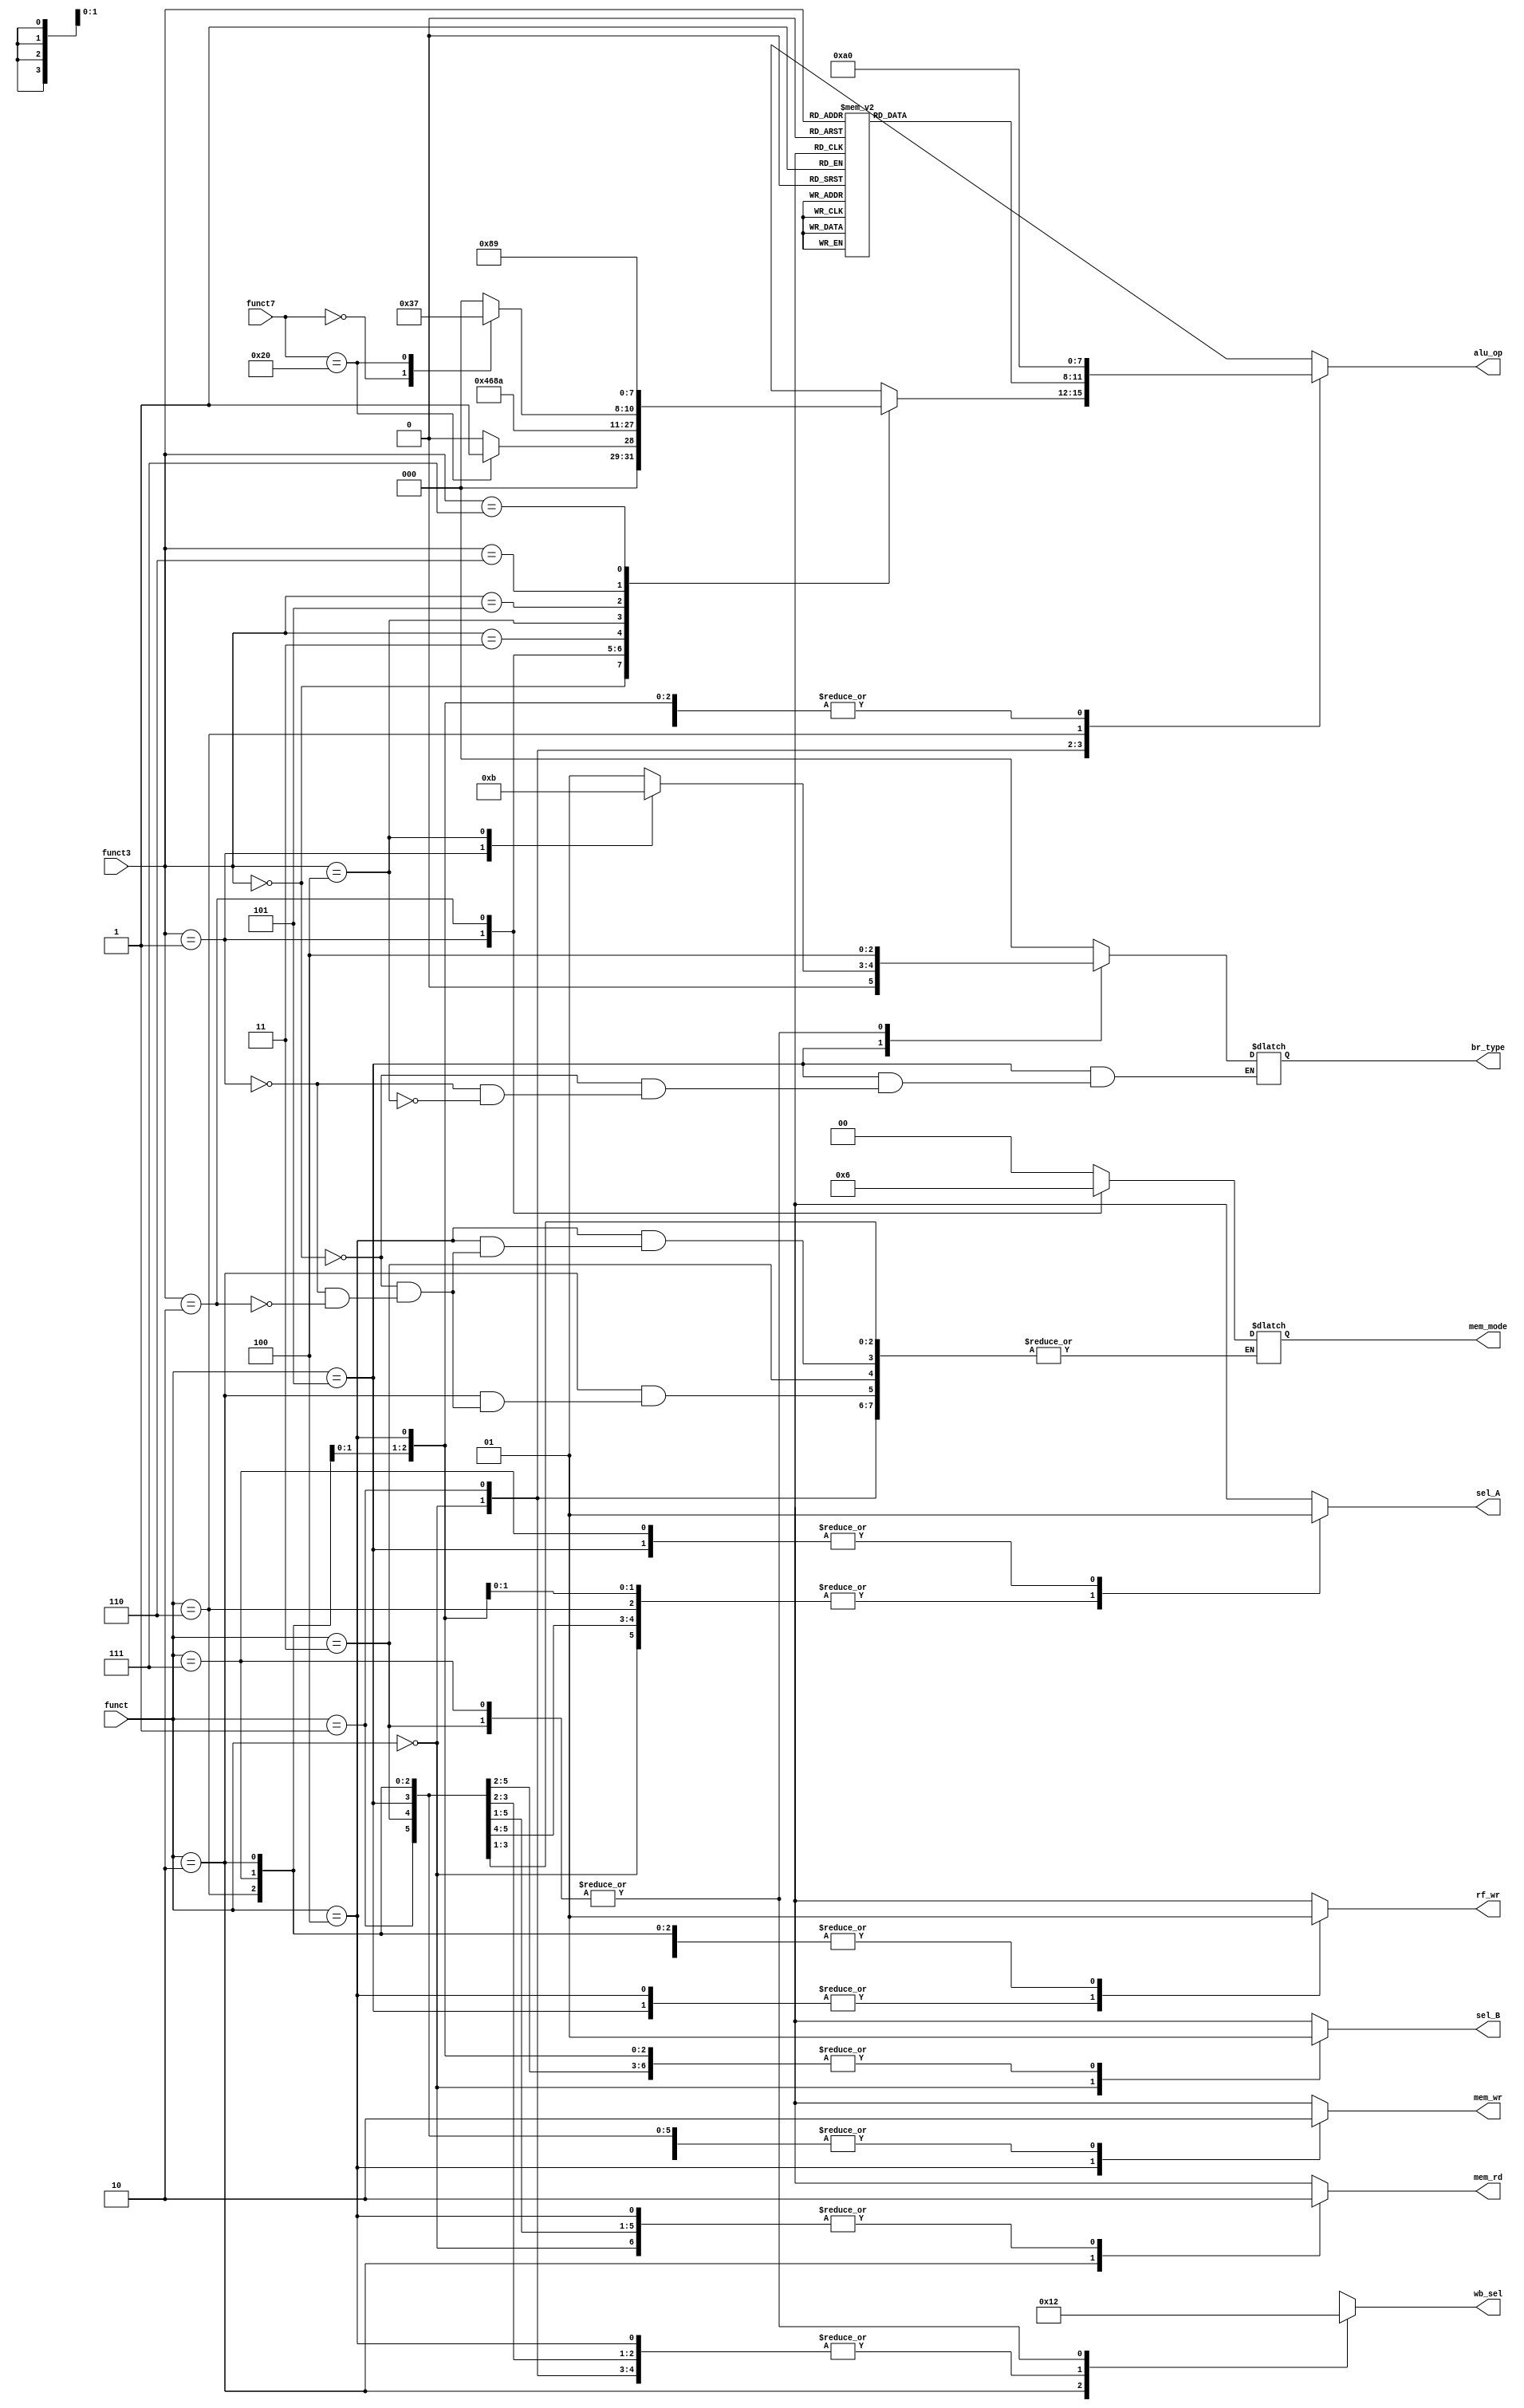
`timescale 1ns / 10ps

module Controller(
	input [2:0] funct3, funct,
	input [6:0] funct7,
	output reg sel_A, sel_B, rf_wr, mem_rd, mem_wr,
	output reg [1:0]  wb_sel, mem_mode,
	output reg [2:0]  br_type, 
	output reg [3:0] alu_op
);

parameter Byte = 2'b00;
parameter HalfWord = 2'b01;
parameter Word = 2'b10;

parameter R_Type_Comp = 3'b000;
parameter I_Type_Comp = 3'b001;
parameter I_Type_Mem = 3'b010;
parameter I_Type_Jump = 3'b011;
parameter S_Type_Mem = 3'b100;
parameter B_Type_Jump = 3'b101;
parameter U_Type_Const = 3'b110;
parameter J_Type_Jump = 3'b111;

parameter ADD  = 4'b0000;
parameter SUB  = 4'b0001;
parameter SLL   = 4'b0010;
parameter SLT  = 4'b0011;
parameter SLTU  = 4'b0100;
parameter XOR  = 4'b0101;
parameter SRL = 4'b0110;
parameter SRA  = 4'b0111;
parameter OR  = 4'b1000;
parameter AND  = 4'b1001;
parameter NULL  = 4'b1010;

parameter NB = 3'b000;   
parameter BEQ = 3'b001;
parameter BNE = 3'b010;
parameter BLT = 3'b011;
parameter UC = 3'b100;

//--Controller's Combinational Logic--//
always @(*)
begin
	case(funct)
		R_Type_Comp: 
		begin  
		    sel_A   = 1'd0;
            sel_B   = 1'd0;
		    mem_rd = 1'd0;
			mem_wr = 1'd0;
			rf_wr  = 1'd1;
			wb_sel = 2'd0;
			br_type = NB;
			alu_op = 4'd0;
			case(funct3)
                3'b000: 
                begin
                     case(funct7)
                         7'b0000000: alu_op = ADD;
                         7'b0100000: alu_op = SUB;
                     endcase
                end
                3'b001: alu_op = SLL;
                3'b010: alu_op = SLT; 
                3'b011: alu_op = SLTU;
                3'b100: alu_op = XOR;
                3'b101: 
                begin
                    case(funct7)
                        7'b0000000: alu_op = SRL;
                        7'b0100000: alu_op = SRA;
                    endcase
                end
                3'b110: alu_op = OR;
                3'b111: alu_op = AND;
            endcase
		end
		
		I_Type_Comp: 
		begin 
		   sel_A   = 1'd0;
           sel_B   = 1'd1;
           mem_rd = 1'd0;
           mem_wr = 1'd0;
           rf_wr  = 1'd1;
           wb_sel = 2'd0;
           br_type = NB;
           alu_op = 4'd0;
           case(funct3)
               3'b000: alu_op = ADD;
               3'b001: alu_op = SLL;
               3'b010: alu_op = SLT; 
               3'b011: alu_op = SLTU;
               3'b100: alu_op = XOR;
               3'b101: alu_op = SRL;
               3'b110: alu_op = OR;
               3'b111: alu_op = AND;
           endcase
		end
		
		I_Type_Mem: 
        begin 
           sel_A  = 1'd0;
           sel_B  = 1'd1;
           mem_rd = 1'd1;
           mem_wr = 1'd0;
           rf_wr  = 1'd1;
           wb_sel = 2'd1;
           alu_op = ADD;
           br_type = NB;
           case(funct3)
              2'b00: mem_mode = Byte;
              2'b01: mem_mode = HalfWord;
              2'b10: mem_mode = Word;
           endcase
        end
        
        I_Type_Jump: 
        begin 
           sel_A  = 1'd0;
           sel_B  = 1'd1;
           mem_rd = 1'd0;
           mem_wr = 1'd0;
           rf_wr  = 1'd1;
           wb_sel = 2'd2;
           alu_op = ADD;
           br_type = UC;
        end
		
		S_Type_Mem: 
		begin 
		   sel_A   = 1'd0;
           sel_B   = 1'd1;
           mem_rd = 1'd0;
           mem_wr = 1'd1;
           rf_wr  = 1'd0;
           wb_sel = 2'd0;
           alu_op = ADD;
           br_type = NB;
           case(funct3)
                 2'b00: mem_mode = Byte;
                 2'b01: mem_mode = HalfWord;
                 2'b10: mem_mode = Word;
           endcase
		end
		
		B_Type_Jump: 
		begin 
		   sel_A  = 1'd1;
           sel_B  = 1'd1;
           mem_rd = 1'd0;
           mem_wr = 1'd0;
           rf_wr  = 1'd0;
           wb_sel = 2'd0;
           alu_op = ADD;
           case(funct3)
                3'b000: br_type = BEQ;
                3'b001: br_type = BNE;
                3'b100: br_type = BLT;
           endcase
		end
		
		U_Type_Const: 
		begin 
		   sel_A  = 1'd0;
           sel_B  = 1'd1;
           mem_rd = 1'd0;
           mem_wr = 1'd0;
           rf_wr  = 1'd1;
           wb_sel = 2'd0;
           alu_op = NULL;
           br_type = NB;
		end
		
		J_Type_Jump: 
		begin 
		   sel_A  = 1'd1;
           sel_B  = 1'd1;
           mem_rd = 1'd0;
           mem_wr = 1'd0;
           rf_wr  = 1'd1;
           wb_sel = 2'd2;
           alu_op = ADD;
           br_type = UC;
		end
		
		default:
		begin
          sel_A  = 1'd0;
          sel_B  = 1'd0;
          mem_rd = 1'd0;
          mem_wr = 1'd0;
          rf_wr  = 1'd0;
          wb_sel = 2'd0;
          alu_op = NULL;
          br_type = NB;
		end
	endcase 
end

endmodule